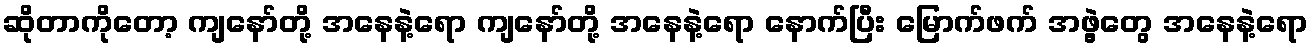
ဆိုတာကိုတော့ ကျနော်တို့ အနေနဲ့ရော ကျနော်တို့ အနေနဲ့ရော နောက်ပြီး မြောက်ဖက် အဖွဲ့တွေ အနေနဲ့ရော